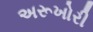
અરૂખોરી